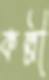
কল্পী